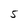
Character: 5